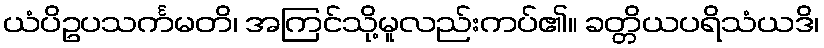
ယံပိဥပသင်္ကမတိ၊ အကြင်သို့မူလည်းကပ်၏။ ခတ္တိယပရိသံယဒိ၊